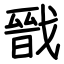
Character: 戩